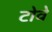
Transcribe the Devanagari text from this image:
टोवे